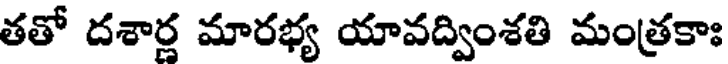
తతో దశార్ల మారభ్య యావద్వింశతి మంత్రకాః